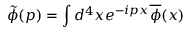
\tilde { \phi } ( p ) = \int d ^ { 4 } x e ^ { - i p x } \overline { { { \phi } } } ( x )